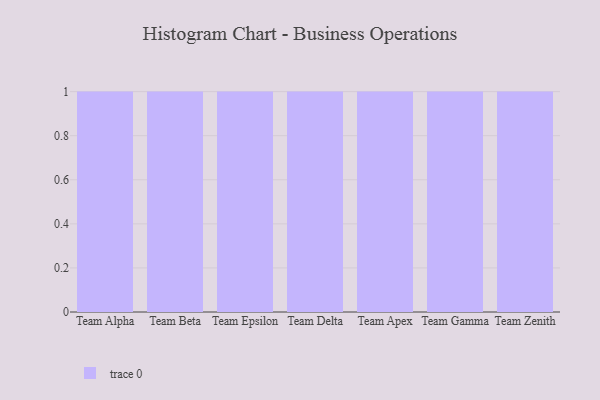
{"axis": {"x": "Team", "y": "Inventory Turnover"}, "legend": [""], "data": [{"x": "Team Alpha", "y": 91, "type": ""}, {"x": "Team Beta", "y": 90, "type": ""}, {"x": "Team Epsilon", "y": 59, "type": ""}, {"x": "Team Delta", "y": 39, "type": ""}, {"x": "Team Apex", "y": 44, "type": ""}, {"x": "Team Gamma", "y": 78, "type": ""}, {"x": "Team Zenith", "y": 72, "type": ""}]}